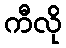
ကီလို